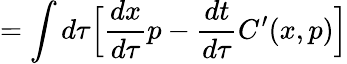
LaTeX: =\int d\tau{\Big[}{\frac{dx}{d\tau}}p-{\frac{dt}{d\tau}}C^{\prime}(x,p){\Big]}